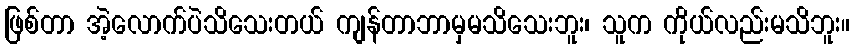
ဖြစ်တာ အဲ့လောက်ပဲသိသေးတယ် ကျန်တာဘာမှမသိသေးဘူး၊ သူက ကိုယ်လည်းမသိဘူး။